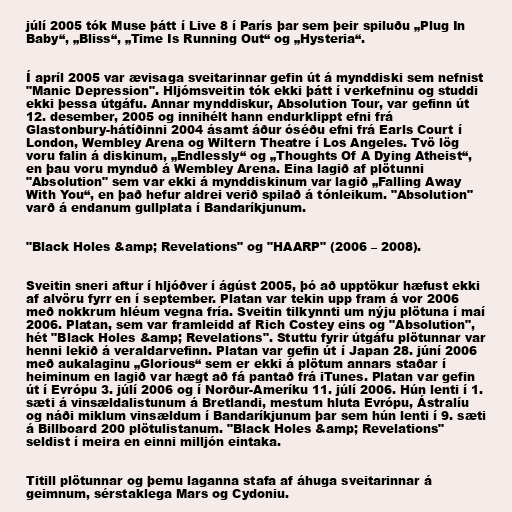
júlí 2005 tók Muse þátt í Live 8 í París þar sem þeir spiluðu „Plug In
Baby“, „Bliss“, „Time Is Running Out“ og „Hysteria“.

Í apríl 2005 var ævisaga sveitarinnar gefin út á mynddiski sem nefnist
"Manic Depression". Hljómsveitin tók ekki þátt í verkefninu og studdi
ekki þessa útgáfu. Annar mynddiskur, Absolution Tour, var gefinn út
12. desember, 2005 og innihélt hann endurklippt efni frá
Glastonbury-hátíðinni 2004 ásamt áður óséðu efni frá Earls Court í
London, Wembley Arena og Wiltern Theatre í Los Angeles. Tvö lög
voru falin á diskinum, „Endlessly“ og „Thoughts Of A Dying Atheist“,
en þau voru mynduð á Wembley Arena. Eina lagið af plötunni
"Absolution" sem var ekki á mynddiskinum var lagið „Falling Away
With You“, en það hefur aldrei verið spilað á tónleikum. "Absolution"
varð á endanum gullplata í Bandaríkjunum.

"Black Holes &amp; Revelations" og "HAARP" (2006 – 2008).

Sveitin sneri aftur í hljóðver í ágúst 2005, þó að upptökur hæfust ekki
af alvöru fyrr en í september. Platan var tekin upp fram á vor 2006
með nokkrum hléum vegna fría. Sveitin tilkynnti um nýju plötuna í maí
2006. Platan, sem var framleidd af Rich Costey eins og "Absolution",
hét "Black Holes &amp; Revelations". Stuttu fyrir útgáfu plötunnar var
henni lekið á veraldarvefinn. Platan var gefin út í Japan 28. júní 2006
með aukalaginu „Glorious“ sem er ekki á plötum annars staðar í
heiminum en lagið var hægt að fá pantað frá iTunes. Platan var gefin
út í Evrópu 3. júlí 2006 og í Norður-Ameríku 11. júlí 2006. Hún lenti í 1.
sæti á vinsældalistunum á Bretlandi, mestum hluta Evrópu, Ástralíu
og náði miklum vinsældum í Bandaríkjunum þar sem hún lenti í 9. sæti
á Billboard 200 plötulistanum. "Black Holes &amp; Revelations"
seldist í meira en einni milljón eintaka.

Titill plötunnar og þemu laganna stafa af áhuga sveitarinnar á
geimnum, sérstaklega Mars og Cydoniu.